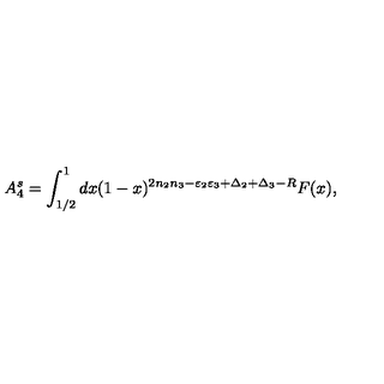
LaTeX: A _ { 4 } ^ { s } = \int _ { 1 / 2 } ^ { 1 } d x ( 1 - x ) ^ { 2 n _ { 2 } n _ { 3 } - \varepsilon _ { 2 } \varepsilon _ { 3 } + \Delta _ { 2 } + \Delta _ { 3 } - R } F ( x ) ,